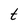
Character: t